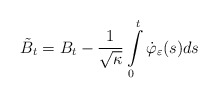
\begin{align*}\tilde{B}_{t} = B_{t} - \frac{1}{\sqrt{\kappa}}\int\limits_{0}^{t}\dot\varphi_{\varepsilon}(s)ds\end{align*}